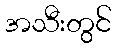
အသီးတွင်